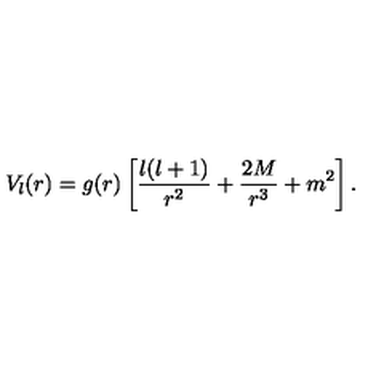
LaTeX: V _ { l } ( r ) = g ( r ) \left[ { \frac { l ( l + 1 ) } { r ^ { 2 } } } + { \frac { 2 M } { r ^ { 3 } } } + m ^ { 2 } \right] .